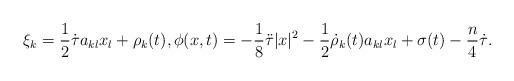
LaTeX: \begin{align*} \xi_k=\frac{1}{2}\dot{\tau}a_{kl}x_l+\rho_k(t), \phi(x,t)=-\frac{1}{8}\ddot{\tau}|x|^2-\frac{1}{2}\dot{\rho}_k(t)a_{kl}x_l+\sigma(t)-\frac{n}{4}\dot{\tau}.\end{align*}